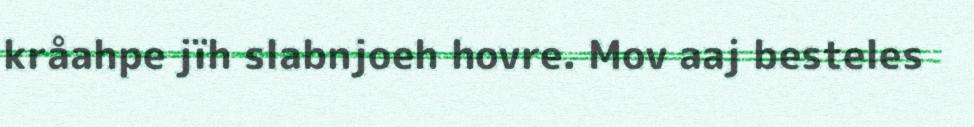
kråahpe jïh slabnjoeh hovre. Mov aaj besteles